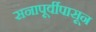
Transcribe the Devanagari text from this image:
सनापूर्वीपासून